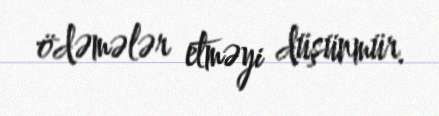
ödəmələr etməyi düşünmür.